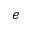
e